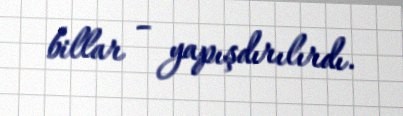
billar – yapışdırılırdı.